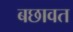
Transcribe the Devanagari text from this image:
बछावत